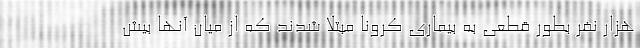
هزار نفر بطور قطعی به بیماری کرونا مبتلا شدند که از میان آنها بیش